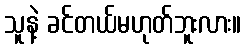
သူနဲ့ ခင်တယ်မဟုတ်ဘူးလား။